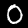
Digit: 0